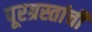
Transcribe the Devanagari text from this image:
पूरग्रस्तांची